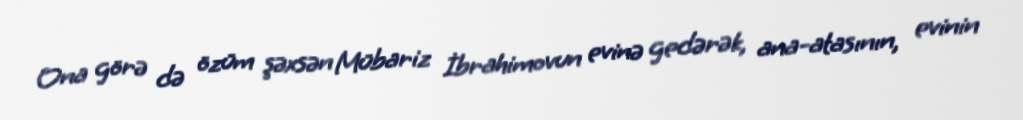
Ona görə də özüm şəxsən Mübariz İbrahimovun evinə gedərək, ana-atasının, evinin